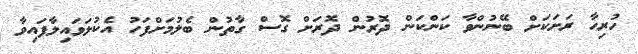
ހުރިހާ ރަށަކަށް ބޭނުންވާ ކަންކަން ދޮރުން ދޮރަށް ގޮސް ގާތުން ބެލުމަށްފަހު އެކުލަވައިލާފައިވާ